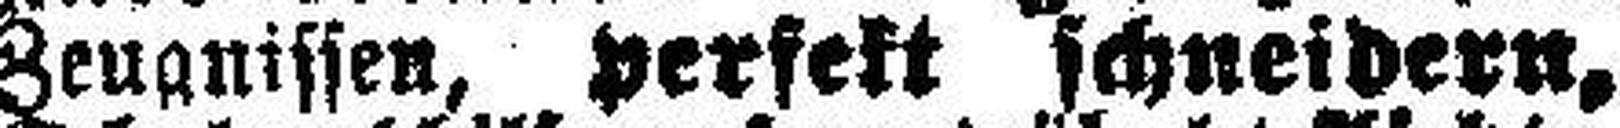
Zeugnissen, perfekt schneidern,